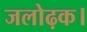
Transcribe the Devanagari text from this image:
जलोढ़क।